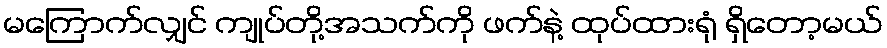
မကြောက်လျှင် ကျုပ်တို့အသက်ကို ဖက်နဲ့ ထုပ်ထားရုံ ရှိတော့မယ်